Annual report of the Prince of Wales Medical College, Patna
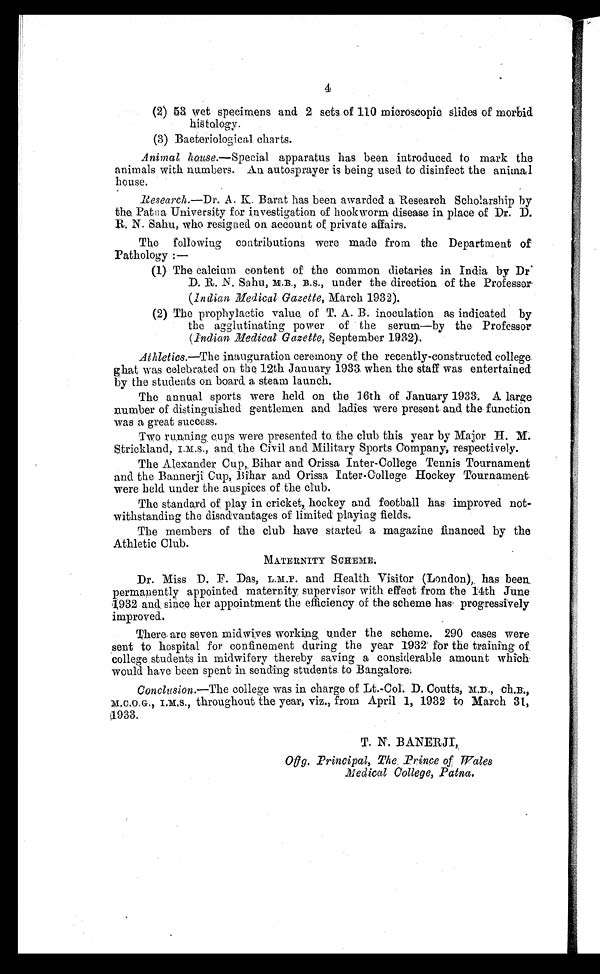
4
(2) 53 wet specimens and 2 sets of 110 microscopic slides of morbid
histology.
(3) Bacteriological charts.
Animal house .—Special apparatus has been introduced to mark the
animals with numbers. An autosprayer is being used to disinfect the anima
house.
Research.—Dr. A. K. Barat has been awarded a Research Scholarship by
the Patna University for investigation of hookworm disease in place of Dr. D.
R. N. Sahu, who resigned on account of private affairs.
The following contributions were made from the Department of
Pathology :—
(1) The calcium content of the common dietaries in India by Dr.
D. R.N. Sahu, M.B., B.S., under the direction of the Professor
(Indian Medical Gazette, March 1932).
(2) The prophylactic value, of T. A. B. inoculation as indicated by
the agglutinating power of the serum—by the Professor
(Indian Medical. Gazette, September 1932).
Athletics.—The inauguration ceremony of the recently-constructed college
ghat was celebrated on the 12th January 1933 when the staff was entertained
by the students on board a steam launch.
The annual sports were held on the 16th of January 1933. A large
number of distinguished gentlemen and ladies were present and the function
was a great success.
Two running cups were presented to the club this year by Major H. M.
Strickland, I.M.S., and the Civil and Military Sports Company, respectively.
The Alexander Cup, Bihar and Orissa Inter-College Tennis Tournament
and the Bannerji Cup, Bihar and Orissa Inter-College Hockey Tournament
were held under the auspices of the club.
The standard of play in cricket, hockey and football has improved not-
withstanding the disadvantages of limited playing fields.
The members of the club have started a magazine financed by the
Athletic Club.
MATERNITY SCHEME.
Dr. Miss D. F. Das, L.M.P. and Health Visitor (London), has been
permanently appointed maternity supervisor with effect from the 14th June
1932 and since her appointment the efficiency of the scheme has progressively
improved.
There, are seven midwives working under the scheme. 290 cases were
sent to hospital for confinement during the year 1932 for the training of
college students in midwifery thereby saving a considerable amount which
would have been spent in sending students to Bangalore.
Conclusion.—The college was in charge of Lt.-Col. D. Coutts, M.D., Ch.B.,
I.M.S., throughout the year, viz., from April 1, 1932 to March 31,
1933.
T. N. BANERJI,
Offg. Principal, The Prince of Wales
M e d i c a l C o l l e g e , P a t n a .